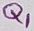
Text: Q1